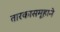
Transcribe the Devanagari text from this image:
तारकासमूहाने